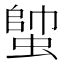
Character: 𧍓